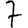
Digit: 7